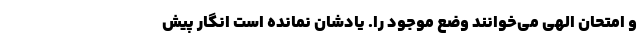
و امتحان الهی می‌خوانند وضع موجود را. یادشان نمانده است انگار پیش